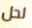
لحل